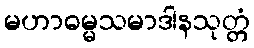
မဟာဓမ္မသမာဒါနသုတ္တံ